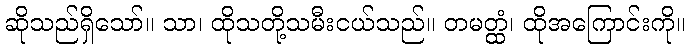
ဆိုသည်ရှိသော်။ သာ၊ ထိုသတို့သမီးငယ်သည်။ တမတ္ထံ၊ ထိုအကြောင်းကို။